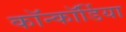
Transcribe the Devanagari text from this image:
कॉन्कॉर्डिया